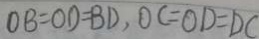
O B = O D = B D , O C = O D = D C